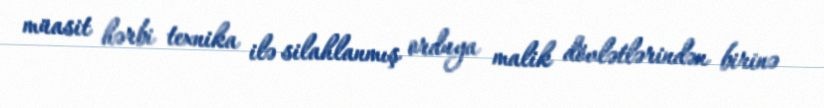
müasit hərbi texnika ilə silahlanmış orduya malik dövlətlərindən birinə